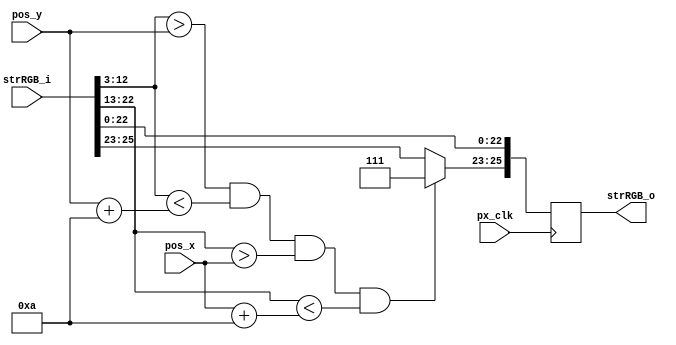
////////////////////////////////////////////////////////////////////////////////
// Company:     Ridotech
// Module Name: ball.v
//
// Description: Draw a simple ball in a stream RGB.
//
// Dependencies: 
//
// Revisions: 
//     0.01 - File created.
//
// Additional Comments:
//
////////////////////////////////////////////////////////////////////////////////
module ball (
    input wire         px_clk,      // Pixel clock.
    input wire  [25:0] strRGB_i,    // Input RGB stream.
    input wire  [9:0]  pos_x,       // X ball position.
    input wire  [9:0]  pos_y,       // Y ball position.
    output wire [25:0] strRGB_o     // Output RGB stream.
);

    // Bits address alias. 
    `define YC 12:3
    `define XC 22:13
    `define RGB 25:23
    `define VGA 22:0

    // Ball color and dimension.
    parameter [2:0] white = 3'b111;
    parameter size_ball = 10;

    // Output pipeline RGB stream register.
    reg [25:0] strRGB_reg;

    // Follow pipeline.
    assign strRGB_o = strRGB_reg;

    // Draw a ball in a RGB stream.
    always @(posedge px_clk)
    begin
        // Clone VGA stream input in a RGB stream register.
        strRGB_reg[`VGA] <= strRGB_i[`VGA];
        
        // Draw ball.
        strRGB_reg[`RGB] <= (
                (strRGB_i[`YC] > pos_y) && (strRGB_i[`YC] < pos_y+size_ball) &&
                (strRGB_i[`XC] > pos_x) && (strRGB_i[`XC] < pos_x+size_ball)
                ) ? white : strRGB_i[`RGB];
    end

endmodule